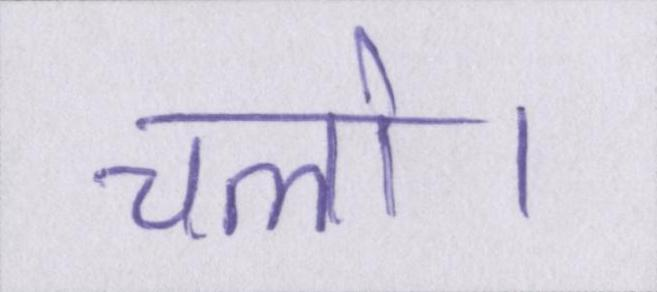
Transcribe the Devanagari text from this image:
चलो।